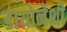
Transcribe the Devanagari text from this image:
डायोनेशी